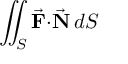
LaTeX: \iint _ { S } { \vec { \mathbf { F } } } \mathbf { \cdot } { \vec { \mathbf { N } } } \, d S